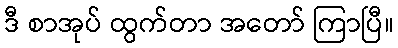
ဒီ စာအုပ် ထွက်တာ အတော် ကြာပြီ။